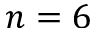
n = 6